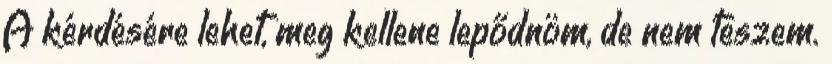
A kérdésére lehet, meg kellene lepődnöm, de nem teszem.